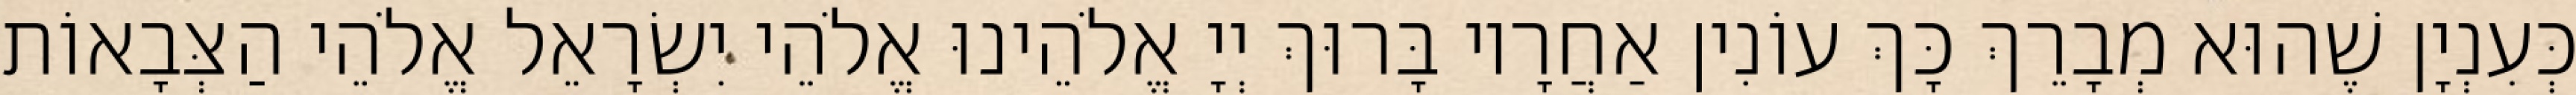
כְּעִנְיָן שֶׁהוּא מְבָרֵךְ כָּךְ עוֹנִין אַחֲרָיו בָּרוּךְ יְיָ אֱלֹהֵינוּ אֱלֹהֵי יִשְׂרָאֵל אֱלֹהֵי הַצְּבָאוֹת